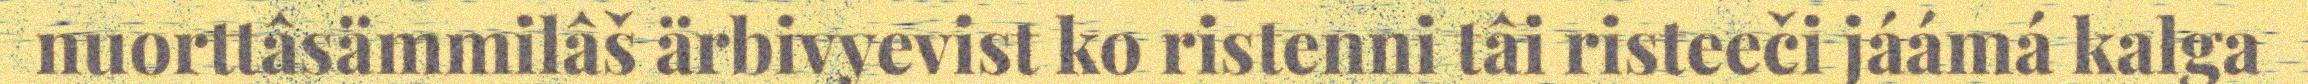
nuorttâsämmilâš ärbivyevist ko ristenni tâi risteeči jáámá kalga